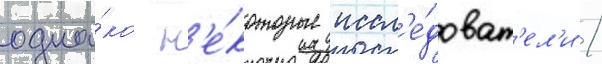
одна́ко н'е́которые иссл'е́доват'ел'и /